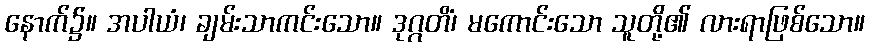
နောက်၌။ အပါယံ၊ ချမ်းသာကင်းသော။ ဒုဂ္ဂတိံ၊ မကောင်းသော သူတို့၏ လားရာဖြစ်သော။